Annual report on the working of the mental hospitals in the Madras Presidency - 1912-1932
Year: 1912
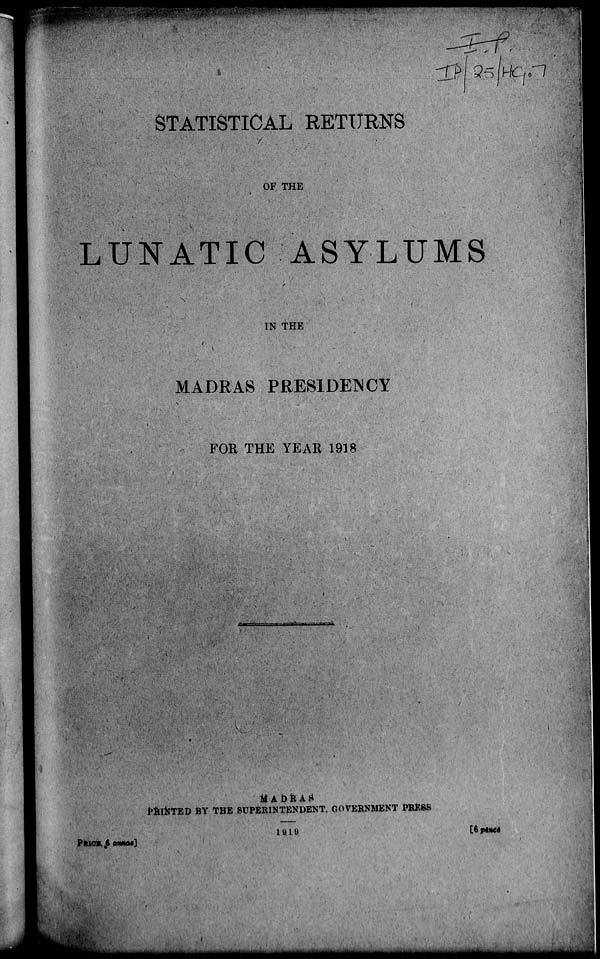
STATISTICAL RETURNS
OF THE
LUNATIC ASYLUMS
IN THE
MADRAS PRESIDENCY
FOR THE YEAR 1918
MADRAS
PRINTED BY THE SUPERINTENDENT, GOVERNMENT PRESS
1919
PRICE, 6 annas]
[6 pence